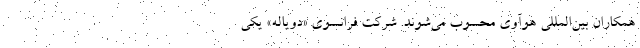
همکاران بین‌المللی هوآوی محسوب می‌شوند. شرکت فرانسوی «دویاله» یکی